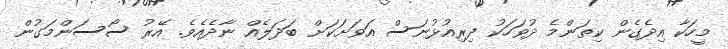
މީހަކާ އިދެގެން ކިތަންމެ ދުވަހަކު ދިރިއުޅުނަސް އަވަށަކަށް ބަދަލެއް ނާދެއެވެ. އޭރު ސޯސަންމަގުން